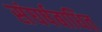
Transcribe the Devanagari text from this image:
संघर्षबाधित